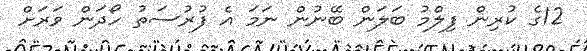
12ގެ ކުރިން ފިލްމު ބަލަން ބޭނުން ނަމަ އެ ފުރުސަތު ހޯދަން ވަރަށް